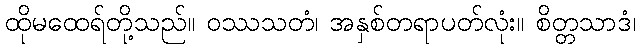
ထိုမထေရ်တို့သည်။ ဝဿသတံ၊ အနှစ်တရာပတ်လုံး။ စိတ္တသာဒံ၊